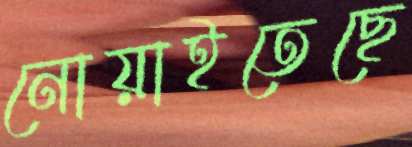
নোয়াইতেছে